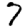
Digit: 7